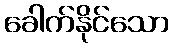
ခေါက်နိုင်သော